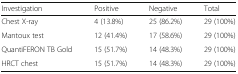
| Investigation | Positive | Negative | Total |
 | --- | --- | --- | --- |
 | Chest X-ray | 4 (13.8%) | 25 (86.2%) | 29 (100%) |
 | Mantoux test | 12 (41.4%) | 17 (58.6%) | 29 (100%) |
 | QuantiFERON TB Gold | 15 (51.7%) | 14 (48.3%) | 29 (100%) |
 | HRCT chest | 15 (51.7%) | 14 (48.3%) | 29 (100%) |